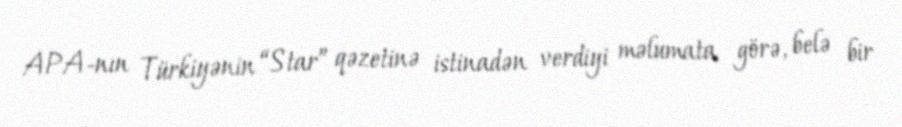
APA-nın Türkiyənin “Star” qəzetinə istinadən verdiyi məlumata görə, belə bir